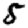
Digit: 5